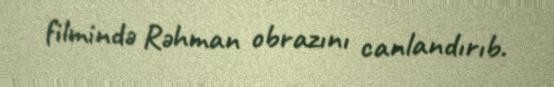
filmində Rəhman obrazını canlandırıb.